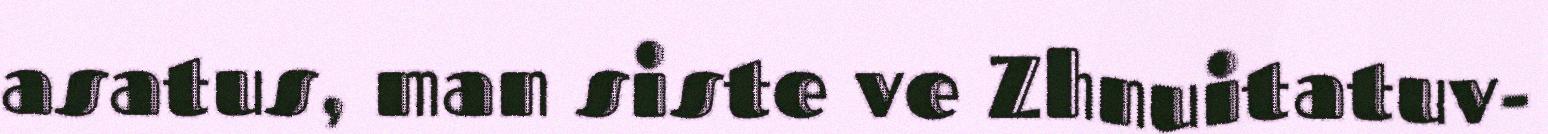
asatus, man siste ve Zhnuitatuv-